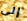
إلى